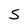
Character: S